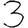
Digit: 3